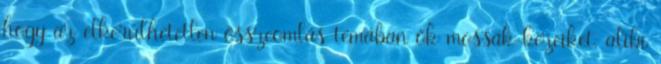
hogy az elkerülhetetlen összeomlás témában ők mossák kezeiket. alibi